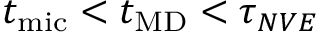
t _ { \mathrm { m i c } } < t _ { \mathrm { M D } } < \tau _ { N V E }